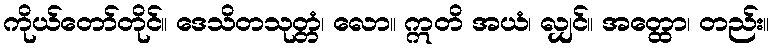
ကိုယ်တော်တိုင်။ ဒေသိတသုတ္တံ၊ လော။ ဣတိ အယံ၊ လျှင်။ အတ္ထော၊ တည်း။